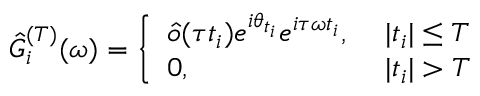
\hat { G } _ { i } ^ { ( T ) } ( \omega ) = \left\{ \begin{array} { l l } { \hat { o } ( \tau t _ { i } ) e ^ { i \theta _ { t _ { i } } } e ^ { i \tau \omega t _ { i } } , } & { ~ | t _ { i } | \leq T } \\ { 0 , } & { ~ | t _ { i } | > T } \end{array} \right.